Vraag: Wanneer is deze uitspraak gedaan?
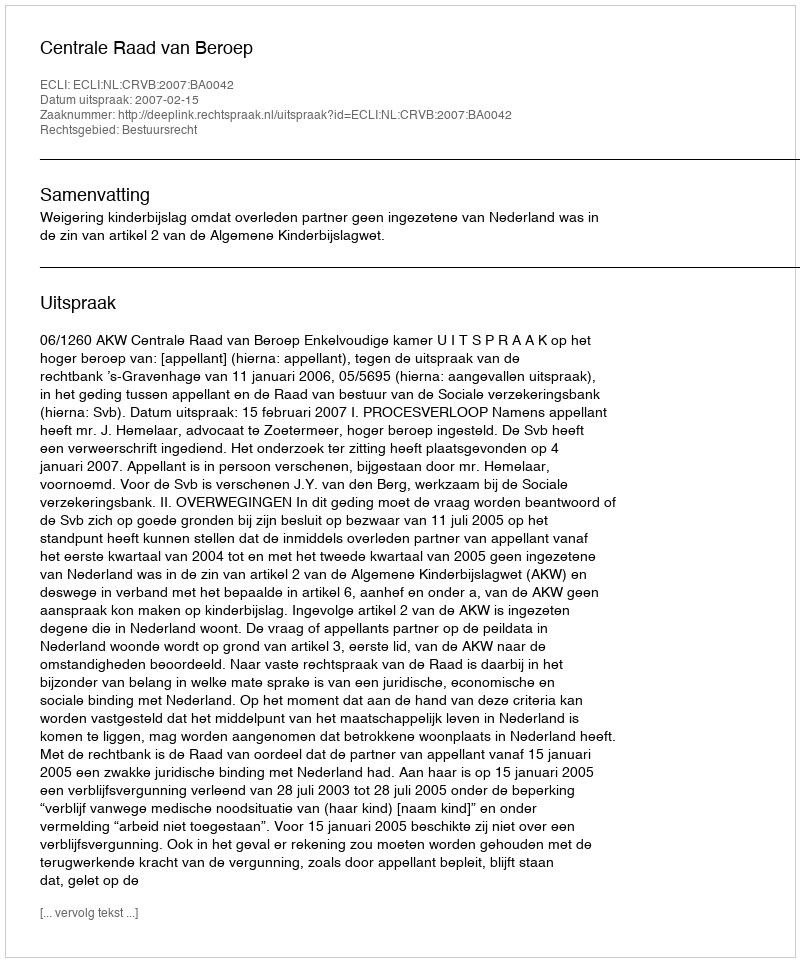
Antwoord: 2007-02-15